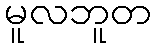
မူလဘူတ